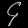
Digit: ၄